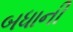
બધાની